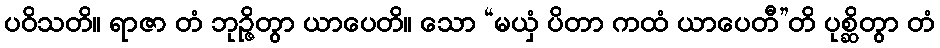
ပဝိသတိ။ ရာဇာ တံ ဘုဉ္ဇိတွာ ယာပေတိ။ သော “မယှံ ပိတာ ကထံ ယာပေတီ”တိ ပုစ္ဆိတွာ တံ